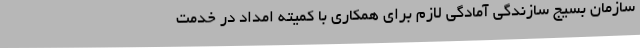
سازمان بسیج سازندگی آمادگی لازم برای همکاری با کمیته امداد در خدمت